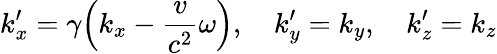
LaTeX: k_{x}^{\prime}=\gamma\Big(k_{x}-\frac{v}{c^{2}}\omega\Big),\quad k_{y}^{\prime}=k_{y},\quad k_{z}^{\prime}=k_{z}